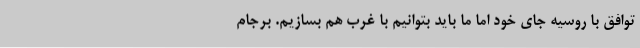
توافق با روسیه جای خود اما ما باید بتوانیم با غرب هم بسازیم. برجام